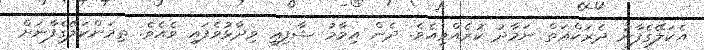
އެކަލޭގެފާނު ދެރަކްޢަތް ނަމާދު ކުރެއްވިއެވެ. ދެން އިމާމު ޝާފިޢީ ވިދާޅުވެފައި ވެއެވެ. ތިމަންކަލޭގެފާނަށް